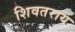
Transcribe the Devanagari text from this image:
शिवतराय